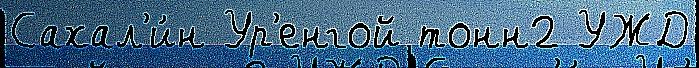
Сахал'и́н Ур'енгой тонн2 УЖД